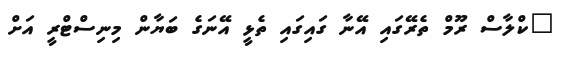
"ކްލާސް ރޫމް ތެރޭގައި އޭނާ ގައިގައި ތެޅީ އޭނަގެ ބަޔާން މިނިސްޓްރީ އަށް